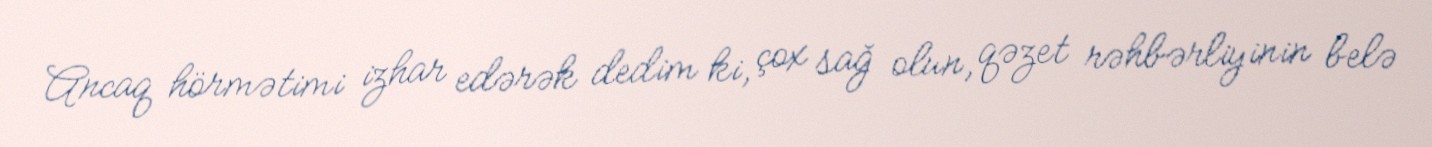
Ancaq hörmətimi izhar edərək dedim ki, çox sağ olun, qəzet rəhbərliyinin belə